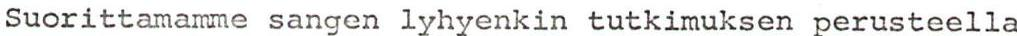
Suorittamamme sangen lyhyenkin tutkimuksen perusteella